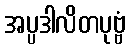
အပ္ပဒါလိတပုဗ္ဗံ